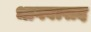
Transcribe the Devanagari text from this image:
भागवत्पाद